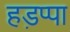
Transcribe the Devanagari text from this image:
हड़प्‍पा